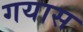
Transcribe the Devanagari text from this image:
गयास